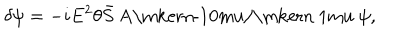
\delta \psi = - i E ^ { 2 } \theta \bar { S } { \mathrm { ~ A \ m k e r n - 1 0 m u / \ m k e r n ~ 1 m u ~ } } \psi ,